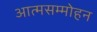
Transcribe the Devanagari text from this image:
आत्मसम्मोहन